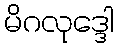
မိဂလုဒ္ဒေါ